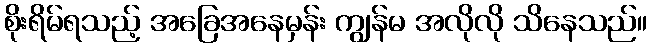
စိုးရိမ်ရသည့် အခြေအနေမှန်း ကျွန်မ အလိုလို သိနေသည်။